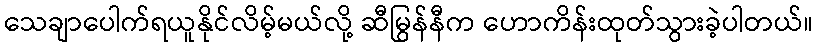
သေချာပေါက်ရယူနိုင်လိမ့်မယ်လို့ ဆီမြွန်နီက ဟောကိန်းထုတ်သွားခဲ့ပါတယ်။